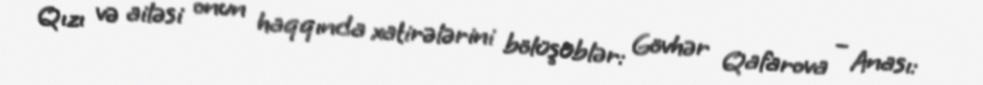
Qızı və ailəsi onun haqqında xatirələrini bölüşüblər: Gövhər Qafarova – Anası: